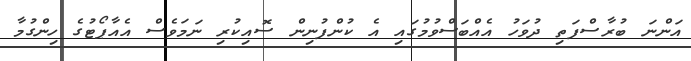
އަންނަ ބުރާސްފަތި ދުވަހު އެއްބަސްވުމުގައި އެ ކުންފުނިން ސޮއިކުރި ނަމަވެސް އެއާޕޯޓުގެ ހިންގުމާ